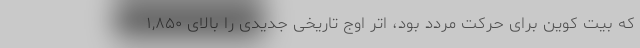
که بیت کوین برای حرکت مردد بود، اتر اوج تاریخی جدیدی را بالای ۱,۸۵۰